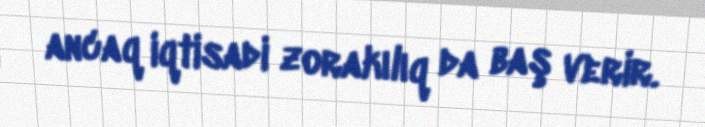
ancaq iqtisadi zorakılıq da baş verir.